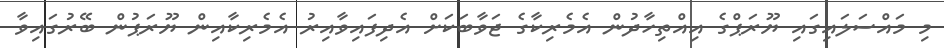
މި މައްސަލައިގައި ޔޫރަޕްގެ އިއްތިހާދުން އެމެރިކާގެ ޖަވާބަކަށް އެދިފައިވާއިރު އެމެރިކާއިން ޔޫރަޕުން ބޭރުގައިވާ